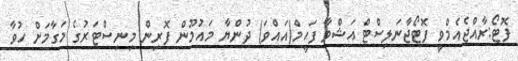
ފޮޓޯ:ރާއްޖެއެމްވީ ފޮޓޯޖާނަލިސްޓް އަޝްވާ ފަހީމް(އައްވަ) ދުންޔާ މައުމޫން ފޮރިން މިނިސްޓަރުގެ މަގާމަށް ހުވާ